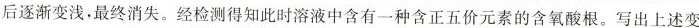
后逐渐变浅，最终消失。经检测得知此时溶液中含有一种含正五价元素的含氧酸根。写出上述变